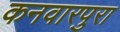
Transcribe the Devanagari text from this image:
कनवारपुरा